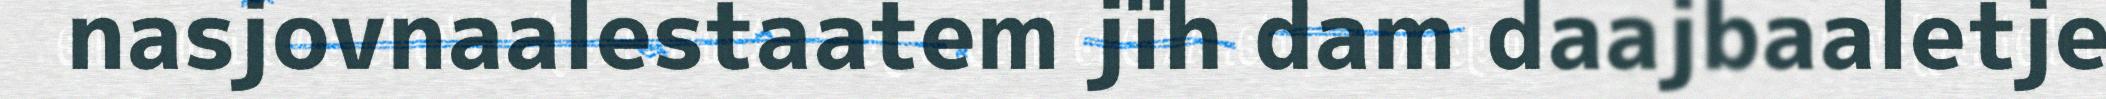
nasjovnaalestaatem jïh dam daajbaaletje